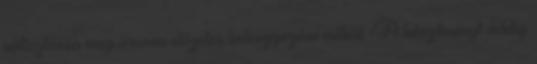
változtassa meg orvosa előzetes beleegyezése nélkül. A készítményt addig